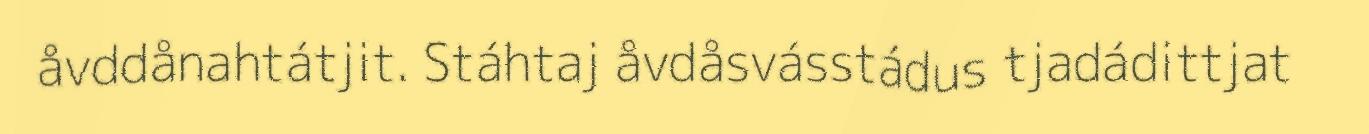
åvddånahtátjit. Stáhtaj åvdåsvásstádus tjadádittjat